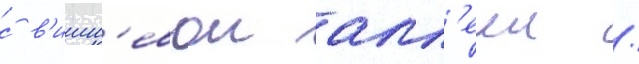
с в'ишн'евои алл'ееи /